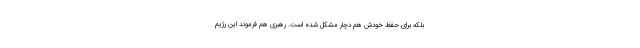
بلکه برای حفظ خودش هم دچار مشکل شده است. رهبری هم فرموند این رژیم